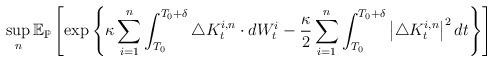
LaTeX: \begin{align*}\sup _{n} \mathbb{E}_{\mathbb{P}}\left[\exp \left\{\kappa \sum_{i=1}^{n} \int_{T_{0}}^{T_{0}+\delta} \triangle K_{t}^{i, n} \cdot d W_{t}^{i}-\frac{\kappa}{2}\sum_{i=1}^n \int_{T_{0}}^{T_{0}+\delta}\left|\triangle K_{t}^{i, n}\right|^{2} d t\right\}\right]\end{align*}